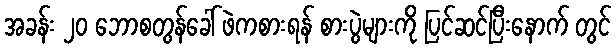
အခန်း ၂၀ ဘောစတွန်ခေါ် ဖဲကစားရန် စားပွဲများကို ပြင်ဆင်ပြီးနောက် တွင်